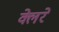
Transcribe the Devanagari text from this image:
क्लेरे